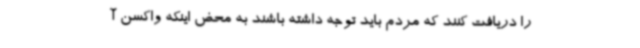
را دریافت کنند که مردم باید توجه داشته باشند به محض اینکه واکسن آ